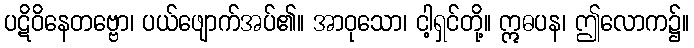
ပဋိဝိနေတဗ္ဗော၊ ပယ်ဖျောက်အပ်၏။ အာဝုသော၊ ငါ့ရှင်တို့။ ဣဓပန၊ ဤလောက၌။